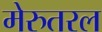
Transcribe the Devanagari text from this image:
मेरुतरल